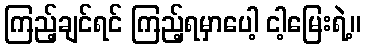
ကြည့်ချင်ရင် ကြည့်ရမှာပေါ့ ငါ့မြေးရဲ့။